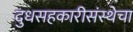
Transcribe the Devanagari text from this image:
दुधसहकारीसंस्थेचा